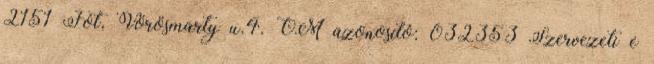
2151 Fót, Vörösmarty u.4. OM azonosító: 032353 Szervezeti e